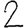
Digit: 2